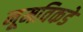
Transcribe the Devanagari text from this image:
नूमविकडे